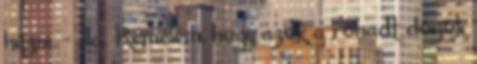
húzni. - Ja. Remélem, hogy azok a rohadt dögök